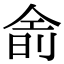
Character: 𬾮